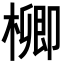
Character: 𣛬